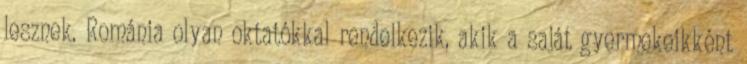
lesznek. Románia olyan oktatókkal rendelkezik, akik a saját gyermekeikként